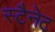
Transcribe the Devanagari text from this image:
स्टैनेट